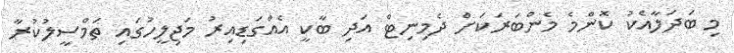
މި ބަދަލާއެކު ކޮންމެ މެންބަރަކަށް ދެމިނިޓް އަދި ބާކީ އެއްގަޑިއިރު މަޖިލީހުގައި ތަމްސީލުކުރާ